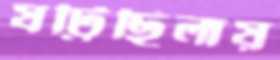
ষট্টিছিলায়